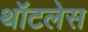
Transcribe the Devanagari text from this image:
थॉटलेस